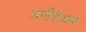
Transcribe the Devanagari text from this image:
वर्गशिक्षक